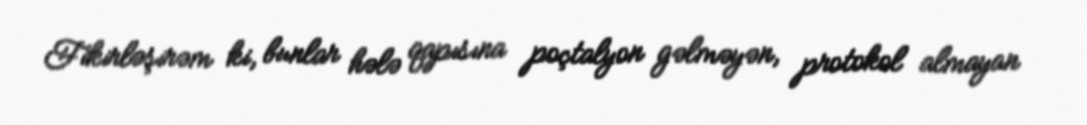
Fikirləşirəm ki, bunlar hələ qapısına poçtalyon gəlməyən, protokol almayan